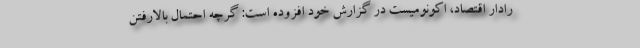
رادار اقتصاد، اکونومیست در گزارش خود افزوده است: گرچه احتمال بالارفتن